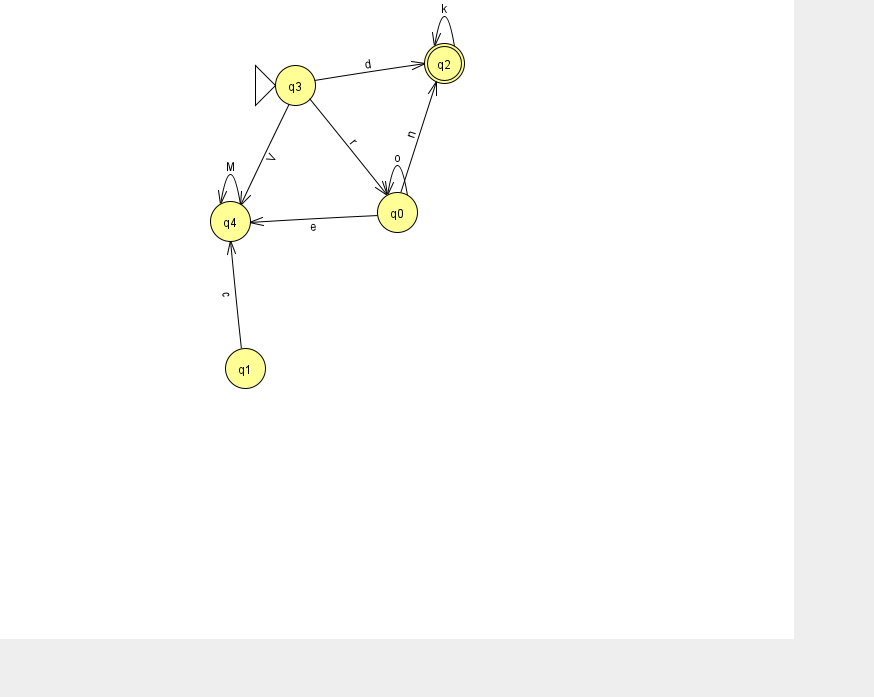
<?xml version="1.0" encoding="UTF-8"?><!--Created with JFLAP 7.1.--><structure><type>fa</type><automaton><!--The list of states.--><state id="0" name="q0"><x>397.0</x><y>199.0</y></state><state id="1" name="q1"><x>245.0</x><y>355.0</y></state><state id="2" name="q2"><x>444.0</x><y>50.0</y><final/></state><state id="3" name="q3"><x>295.0</x><y>72.0</y><initial/></state><state id="4" name="q4"><x>230.0</x><y>208.0</y></state><!--The list of transitions.--><transition><from>3</from><to>2</to><read>d</read></transition><transition><from>3</from><to>0</to><read>r</read></transition><transition><from>1</from><to>4</to><read>c</read></transition><transition><from>0</from><to>4</to><read>e</read></transition><transition><from>0</from><to>2</to><read>n</read></transition><transition><from>3</from><to>4</to><read>V</read></transition><transition><from>2</from><to>2</to><read>k</read></transition><transition><from>4</from><to>4</to><read>M</read></transition><transition><from>0</from><to>0</to><read>o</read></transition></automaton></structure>